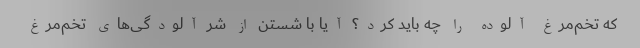
که تخم‌مرغ آلوده را چه باید کرد؟ آیا با شستن از شر آلودگی‌های تخم‌مرغ